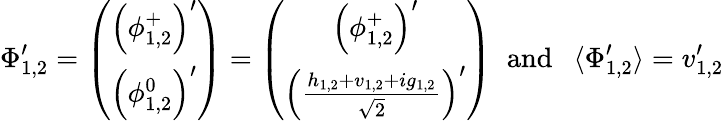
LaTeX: \Phi_{1,2}^{\prime}=\left(\begin{array}{c}{{\left(\phi_{1,2}^{+}\right)^{\prime}}}\\ {{\left(\phi_{1,2}^{0}\right)^{\prime}}}\end{array}\right)=\left(\begin{array}{c}{{\left(\phi_{1,2}^{+}\right)^{\prime}}}\\ {{\left(\frac{h_{1,2}+v_{1,2}+ig_{1,2}}{\sqrt{2}}\right)^{\prime}}}\end{array}\right)\; \; \mathrm{and\ \ \ }\langle\Phi_{1,2}^{\prime}\rangle=v_{1,2}^{\prime}